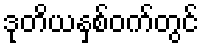
ဒုတိယနှစ်ဝက်တွင်